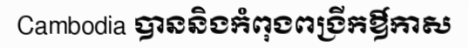
Cambodia បាននិងកំពុងពង្រីកឳកាស